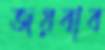
জয়বাব